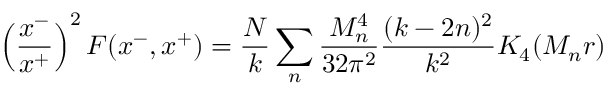
\left( { \frac { x ^ { - } } { x ^ { + } } } \right) ^ { 2 } F ( x ^ { - } , x ^ { + } ) = { \frac { N } { k } } \sum _ { n } { \frac { M _ { n } ^ { 4 } } { 3 2 \pi ^ { 2 } } } { \frac { ( k - 2 n ) ^ { 2 } } { k ^ { 2 } } } K _ { 4 } ( M _ { n } r )